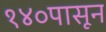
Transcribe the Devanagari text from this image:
१४०पासून